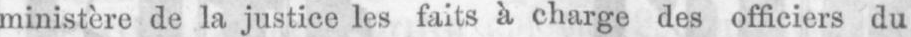
ministère de la justice les faits à charge des officiers du